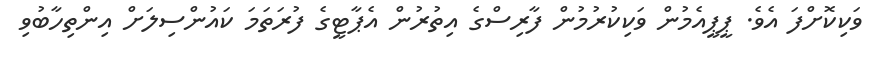
ވަކިކޮށްފަ އެވެ. ޕީޕީއެމުން ވަކިކުރުމުން ފާރިސްގެ އިތުރުން އެޕާޓީގެ ފުރަތަމަ ކައުންސިލަށް އިންތިހާބުވި